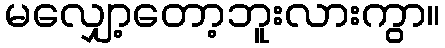
မလျှော့တော့ဘူးလားကွာ။